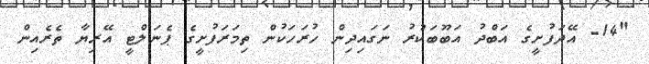
"14- އޭދަފުށީގެ އަބްދު އަބޫބަކުރު ނަގައިދިން ހުރަހަކުން ތިމަރަފުށީގެ ޕެނަލްޓީ އޭރިޔާ ތެރެއިން